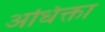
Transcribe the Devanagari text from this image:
अधिक्ता